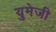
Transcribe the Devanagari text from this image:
युमेजी